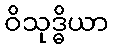
ဝိသုဒ္ဓိယာ